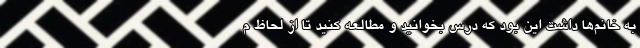
به خانم‌ها داشت اين بود که درس بخوانيد و مطالعه کنيد تا از لحاظ م